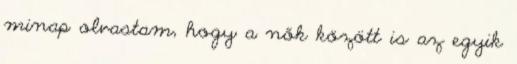
minap olvastam, hogy a nők között is az egyik